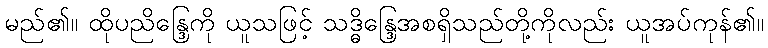
မည်၏။ ထိုပညိန္ဒြေကို ယူသဖြင့် သဒ္ဓိန္ဒြေအစရှိသည်တို့ကိုလည်း ယူအပ်ကုန်၏။